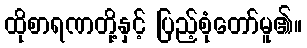
ထိုစာရဏတို့နှင့် ပြည့်စုံတော်မူ၏။